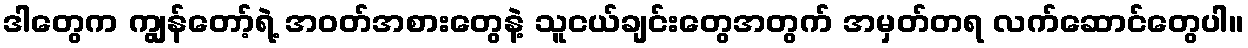
ဒါတွေက ကျွန်တော့်ရဲ့ အဝတ်အစားတွေနဲ့ သူငယ်ချင်းတွေအတွက် အမှတ်တရ လက်ဆောင်တွေပါ။